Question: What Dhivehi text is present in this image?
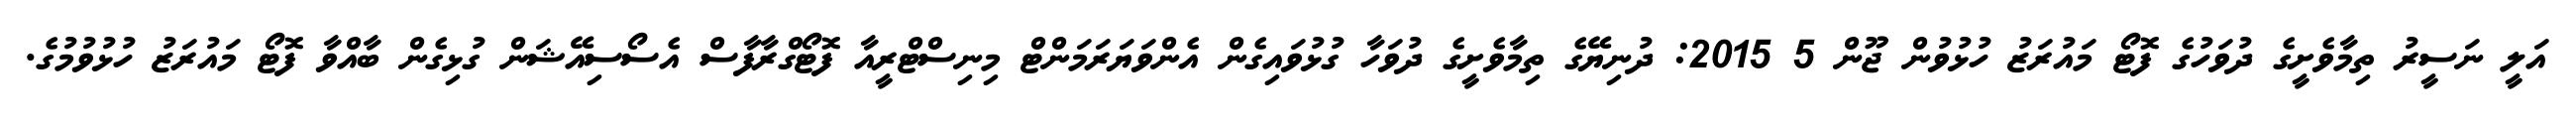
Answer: އަލީ ނަސީރު ތިމާވެށީގެ ދުވަހުގެ ފޮޓޯ މައުރަޒު ހުޅުވުން ޖޫން 5 2015: ދުނިޔޭގެ ތިމާވެށީގެ ދުވަހާ ގުޅުވައިގެން އެންވަޔަރަމަންޓް މިނިސްޓްރީއާ ފޮޓޯގްރާފާސް އެސޯސިއޭޝަން ގުޅިގެން ބާއްވާ ފޮޓޯ މައުރަޒު ހުޅުވުމުގެ.